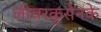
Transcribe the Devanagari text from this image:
लीवरकुसेनके